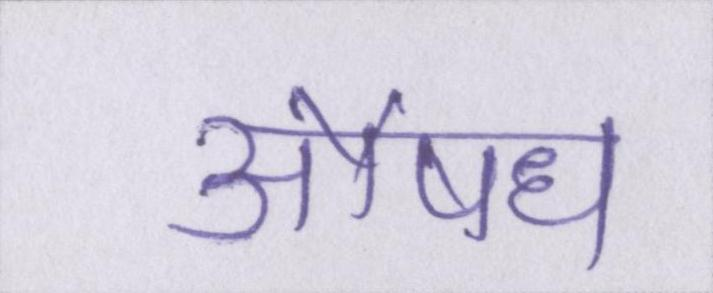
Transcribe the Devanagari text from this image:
औषध